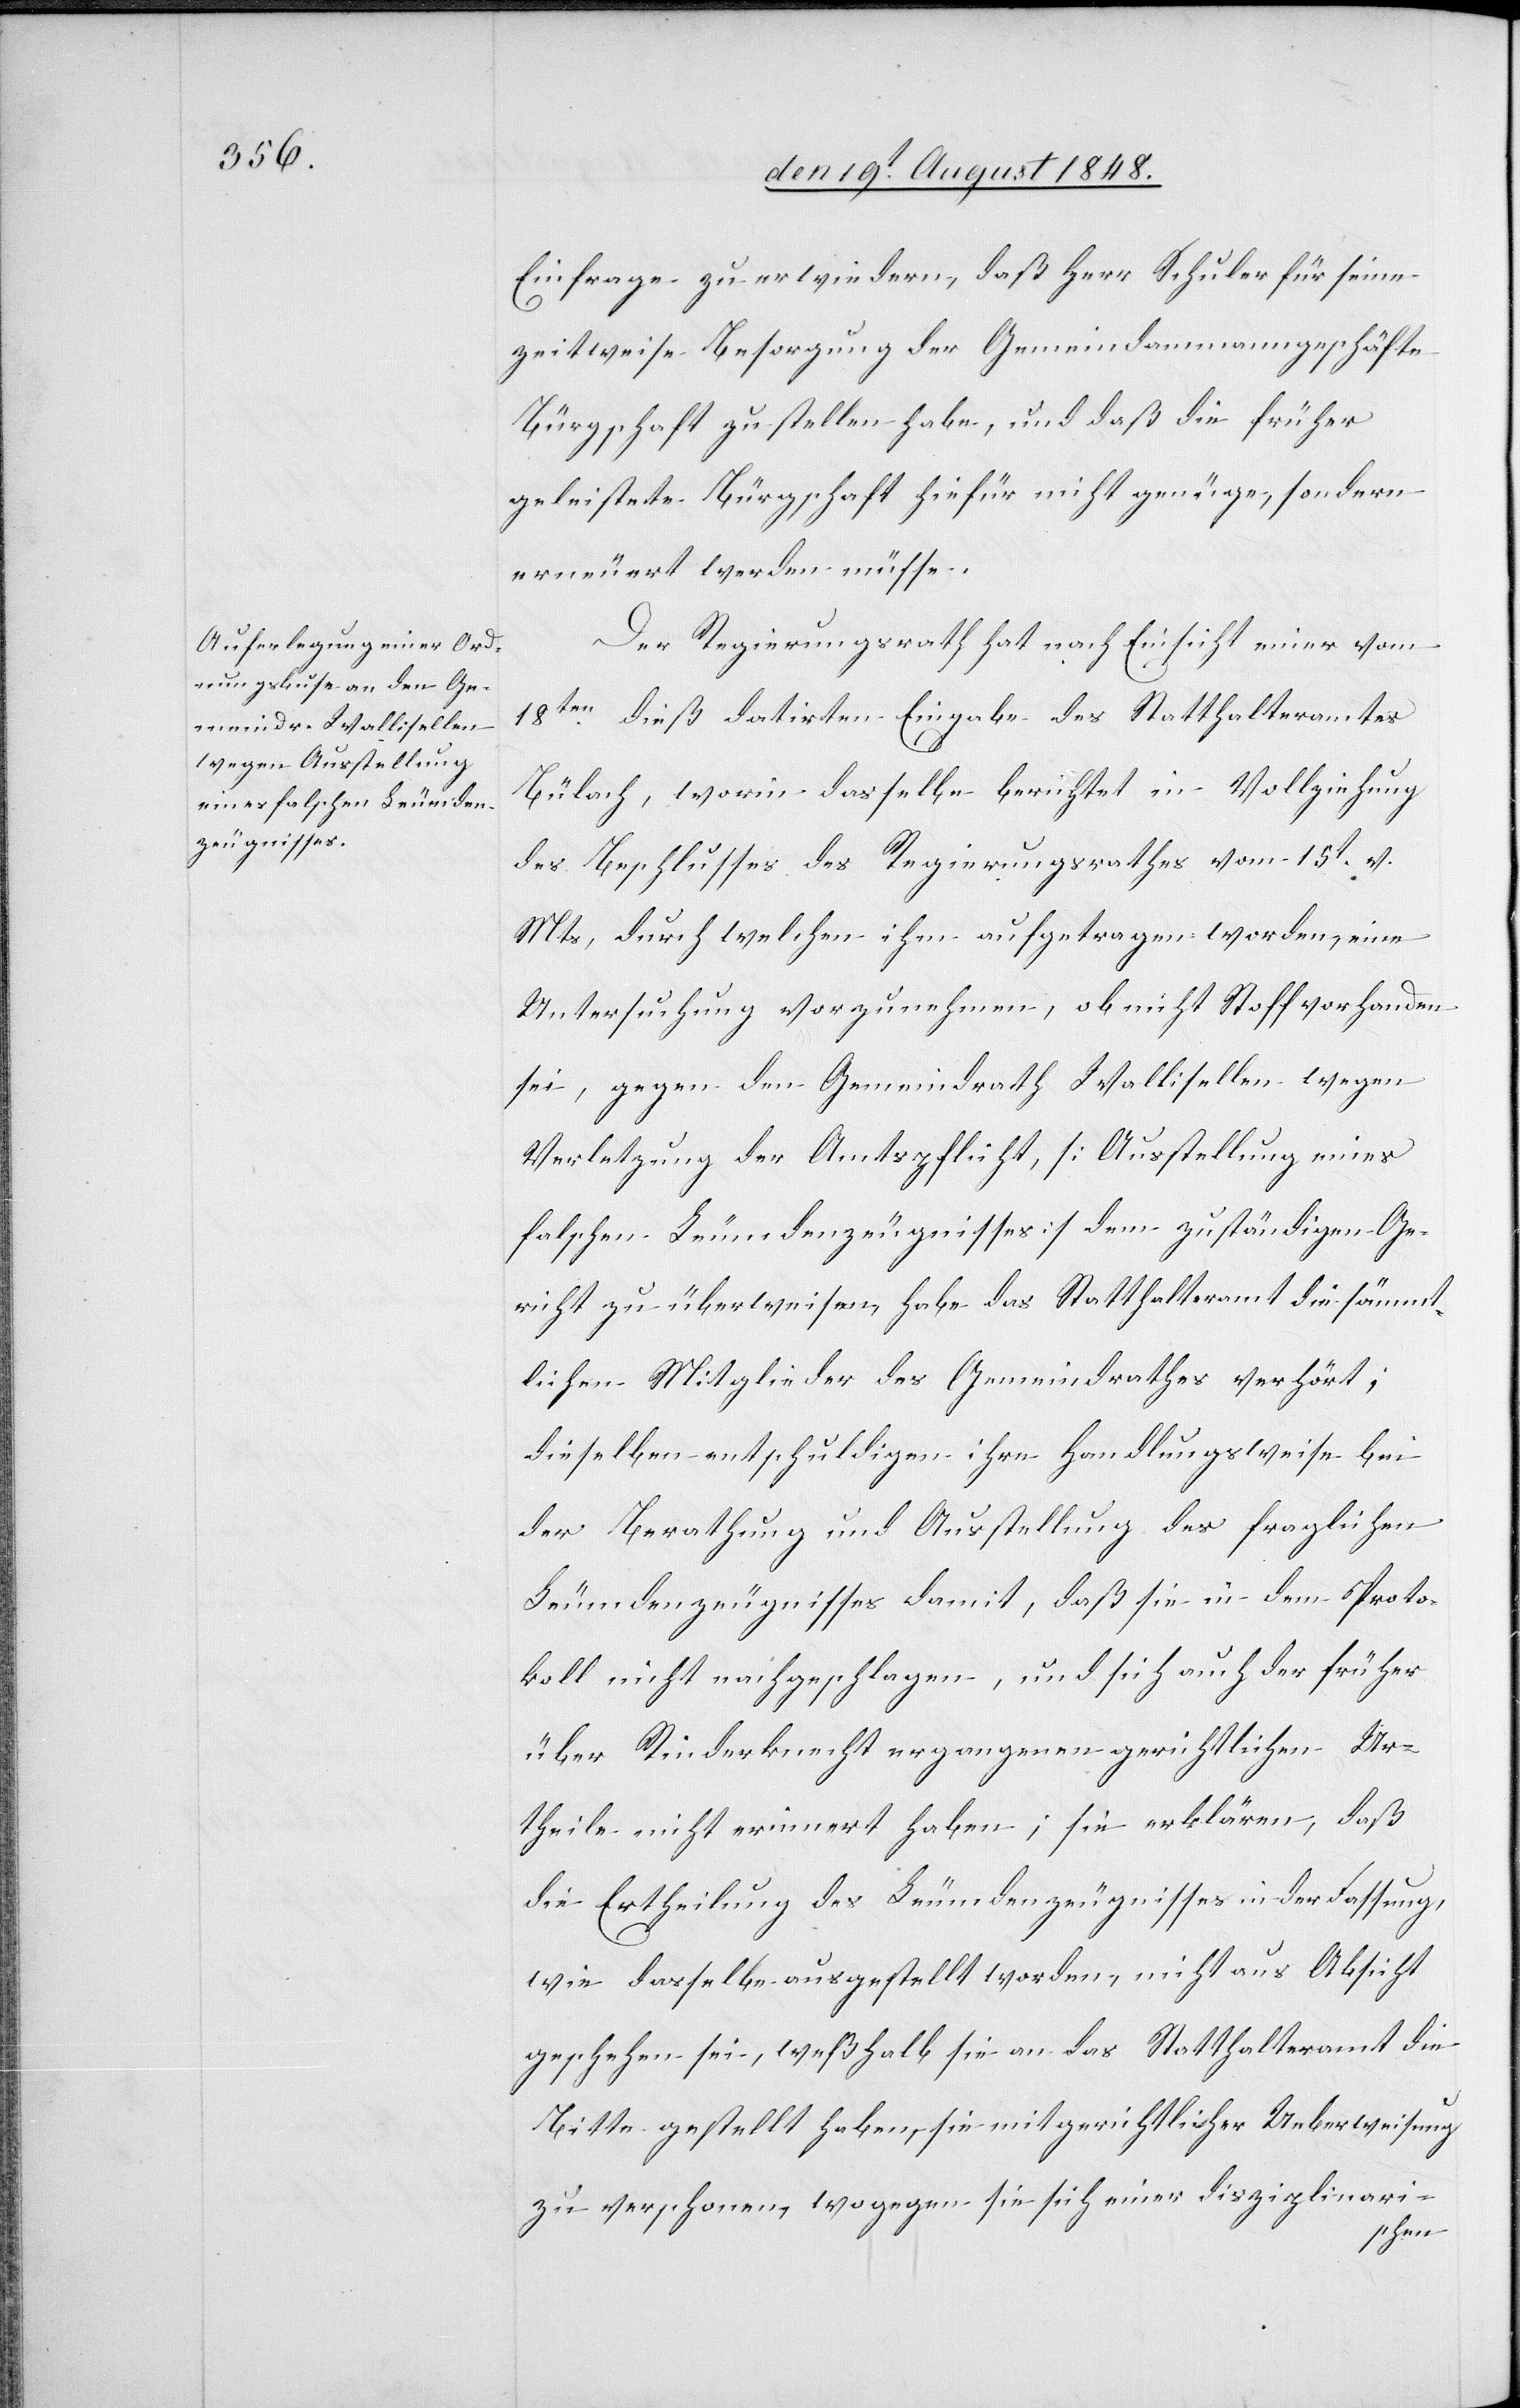
Einfrage zu erwiedern, daß Herr Schuler für seine
zeitweise Besorgung der Gemeindammanngeschäfte
Bürgschaft zu stellen habe, und daß die früher
geleistete Bürgschaft hiefür nicht genüge, sondern
erneuert werden müsse.
Der Regierungsrath hat nach Einsicht einer vom
18ten dieß datirten Eingabe des Statthalteramtes
Bülach, worin dasselbe berichtet, in Vollziehung
des Beschlusses des Regierungsrathes vom 15t v.
Mts, durch welchen ihm aufgetragen worden, eine
Untersuchung vorzunehmen, ob nicht Stoff vorhanden
sei, gegen den Gemeindrath Wallisellen wegen
Verletzung der Amtspflicht, [Ausstellung eines
falschen Leumdenzeugnisses] dem zuständigen Ge¬
richt zu überweisen, habe das Statthalteramt die sämmt¬
lichen Mitglieder des Gemeindrathes verhört;
dieselben entschuldigen ihre Handlungsweise bei
der Berathung und Ausstellung des fraglichen
Leumdenzeugnisses damit, daß sie in dem Proto¬
koll nicht nachgeschlagen, und sich auch der früher
über Rinderknecht ergangenen gerichtlichen Ur¬
theile nicht erinnert haben; sie erklären, daß
die Ertheilung des Leumdenzeugnisses in der Fassung,
wie dasselbe ausgestellt worden, nicht aus Absicht
geschehen sei, weßhalb sie an das Statthalteramt die
Bitte gestellt haben sie mit gerichtlicher Ueberweisung
zu verschonen, wogegen sie sich einer disziplinari-